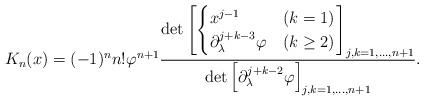
LaTeX: \begin{align*}K_n(x)= (-1)^n n! \varphi^{n+1} \frac{\det\left[ \begin{cases}x^{j-1} & (k=1) \\\partial_\lambda^{j+k-3}\varphi & (k\geq 2)\end{cases}\right]_{j,k=1,\dots,n+1}}{\det\left[\partial_\lambda^{j+k-2}\varphi\right]_{j,k=1,\dots,n+1}}.\end{align*}